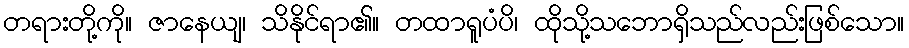
တရားတို့ကို။ ဇာနေယျ၊ သိနိုင်ရာ၏။ တထာရူပံပိ၊ ထိုသို့သဘောရှိသည်လည်းဖြစ်သော။